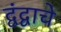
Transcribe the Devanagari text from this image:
द्वंद्वाचे